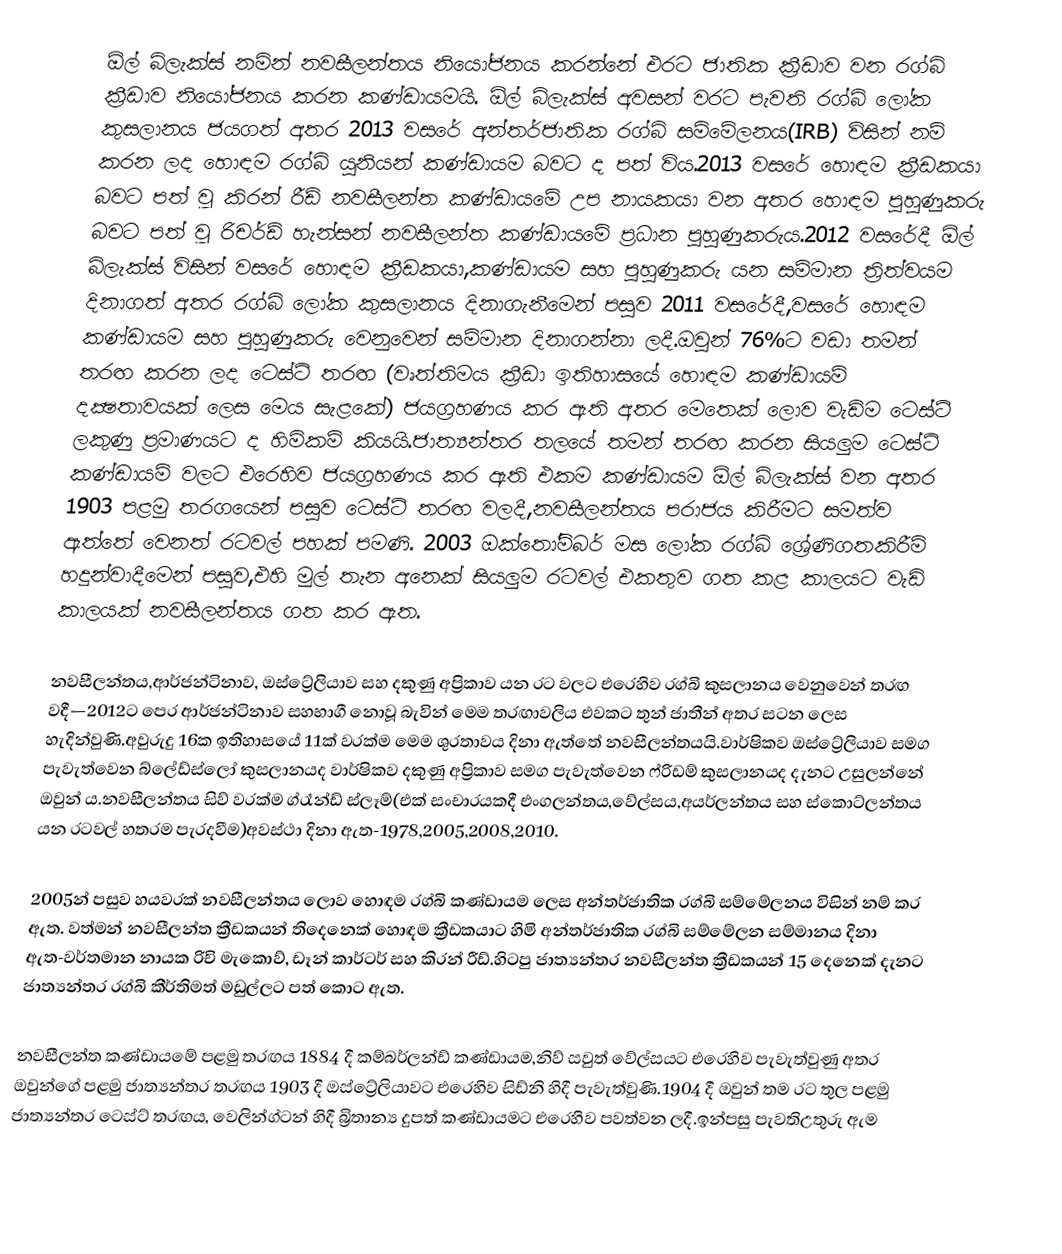
ඕල් බ්ලැක්ස් නමින් නවසීලන්තය නියෝජනය කරන්නේ එරට ජාතික ක්‍රීඩාව  වන රග්බි ක්‍රීඩාව නියෝජනය කරන කණ්ඩායමයි. ඕල් බ්ලැක්ස් අවසන් වරට පැවති රග්බි ලෝක කුසලානය ජයගත් අතර 2013 වසරේ අන්තර්ජාතික රග්බි සම්මේලනය(IRB) විසින් නම් කරන ලද හොඳම රග්බි යුනියන් කණ්ඩායම බවට ද පත් විය.2013 වසරේ හොඳම ක්‍රීඩකයා බවට පත් වූ කිරන් රීඩ් නවසීලන්ත කණ්ඩායමේ උප නායකයා වන අතර හොඳම පුහුණුකරු බවට පත් වූ රිචර්ඩ් හැන්සන් නවසීලන්ත කණ්ඩායමේ ප්‍රධාන පුහුණුකරුය.2012 වසරේදී ඕල් බ්ලැක්ස් විසින් වසරේ හොඳම ක්‍රීඩකයා,කණ්ඩායම සහ පුහුණුකරු යන සම්මාන ත්‍රිත්වයම දිනාගත් අතර රග්බි ලෝක කුසලානය දිනාගැනීමෙන් පසුව 2011 වසරේදී,වසරේ හොඳම කණ්ඩායම සහ පුහුණුකරු වෙනුවෙන් සම්මාන දිනාගන්නා ලදී.ඔවුන් 76%ට වඩා තමන් තරඟ කරන ලද ටෙස්ට් තරඟ (වෘත්තිමය ක්‍රීඩා ඉතිහාසයේ හොඳම කණ්ඩායම් දක්‍ෂතාවයක් ලෙස මෙය සැළකේ) ජයග්‍රහණය කර ඇති අතර මෙතෙක් ලොව වැඩිම ටෙස්ට් ලකුණු ප්‍රමාණයට ද හිමිකම් කියයි.ජාත්‍යන්තර තලයේ තමන් තරඟ කරන සියලුම ටෙස්ට් කණ්ඩායම් වලට එරෙහිව ජයග්‍රහණය කර ඇති එකම කණ්ඩායම ඕල් බ්ලැක්ස් වන අතර 1903 පළමු තරගයෙන් පසුව ටෙස්ට් තරඟ වලදී,නවසීලන්තය පරාජය කිරීමට සමත්ව ඇත්තේ වෙනත් රටවල් පහක් පමණි. 2003 ඔක්තෝම්බර් මස ලෝක රග්බි ශ්‍රේණිගතකිරීම් හදුන්වාදීමෙන් පසුව,එහි මුල් තැන අනෙක් සියලුම රටවල් එකතුව ගත කළ කාලයට වැඩි කාලයක් නවසීලන්තය ගත කර ඇත.

නවසීලන්තය,ආර්ජන්ටිනාව, ඔස්ට්‍රේලියාව සහ දකුණු අප්‍රිකාව යන රට වලට එරෙහිව රග්බි කුසලානය වෙනුවෙන් තරඟ වදී—2012ට පෙර ආර්ජන්ටිනාව සහභාගී නොවූ බැවින් මෙම තරඟාවලිය එවකට තුන් ජාතීන් අතර සටන ලෙස හැදින්වුණි.අවුරුදු 16ක ඉතිහාසයේ 11ක් වරක්ම මෙම ශුරතාවය දිනා ඇත්තේ නවසීලන්තයයි.වාර්ෂිකව ඔස්ට්‍රේලියාව සමග පැවැත්වෙන බ්ලේඩ්ස්ලෝ කුසලානයද වාර්ෂිකව දකුණු අප්‍රිකාව සමග පැවැත්වෙන ෆ්රිඩම් කුසලානයද දැනට උසුලන්නේ ඔවුන් ය.නවසීලන්තය සිව් වරක්ම ග්රෑන්ඩ් ස්ලෑම්(එක් සංචාරයකදී එංගලන්තය,වේල්සය,අයර්ලන්තය සහ ස්කොට්ලන්තය යන රටවල් හතරම පැරදවීම)අවස්ථා දිනා ඇත-1978,2005,2008,2010.

2005න් පසුව හයවරක් නවසීලන්තය ලොව හොඳම රග්බි කණ්ඩායම ලෙස අන්තර්ජාතික රග්බි සම්මේලනය විසින් නම් කර ඇත. වත්මන් නවසීලන්ත ක්‍රීඩකයන් තිදෙනෙක් හොඳම ක්‍රීඩකයාට හිමි අන්තර්ජාතික රග්බි සම්මේලන සම්මානය දිනා ඇත-වර්තමාන නායක රිචි මැකොව්, ඩෑන් කාර්ටර් සහ කිරන් රීඩ්.හිටපු ජාත්‍යන්තර නවසීලන්ත ක්‍රීඩකයන් 15 දෙනෙක් දැනට ජාත්‍යන්තර රග්බි කීර්තිමත් මඩුල්ලට පත් කොට ඇත.

නවසීලන්ත කණ්ඩායමේ පළමු තරඟය 1884 දී කම්බර්ලන්ඩ් කණ්ඩායම,නිව් සවුත් වේල්සයට එරෙහිව පැවැත්වුණු අතර ඔවුන්ගේ පළමු ජාත්‍යන්තර තරඟය 1903 දී ඔස්ට්‍රේලියාවට එරෙහිව සිඩ්නි හිදී පැවැත්වුණි.1904 දී ඔවුන් තම රට තුල පළමු ජාත්‍යන්තර ටෙස්ට් තරඟය, වෙලින්ග්ටන් හිදී බ්‍රිතාන්‍ය දුපත් කණ්ඩායමට එරෙහිව පවත්වන ලදී.ඉන්පසු පැවතිඋතුරු ඇම